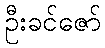
ဦးခင်ဇော်